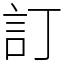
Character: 訂